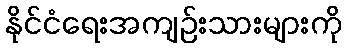
နိုင်ငံရေးအကျဉ်းသားများကို